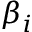
\beta _ { i }